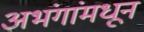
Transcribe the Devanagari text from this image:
अभंगांमधून